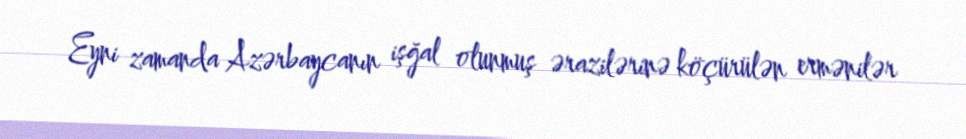
Eyni zamanda Azərbaycanın işğal olunmuş ərazilərinə köçürülən ermənilər